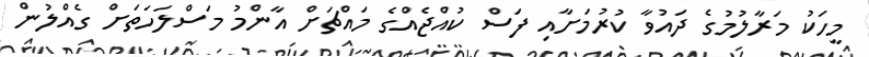
މީހަކު މަރާލުމުގެ ދައުވާ ކުރުމަށާއި ފަސް ކުއްޖެއްގެ މައްޗަށް އާންމު މަސްލަހަތަށް ގެއްލުން